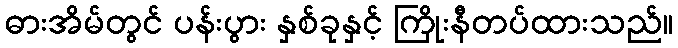
ဓားအိမ်တွင် ပန်းပွား နှစ်ခုနှင့် ကြိုးနီတပ်ထားသည်။